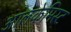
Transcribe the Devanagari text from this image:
आलकेमिस्ट